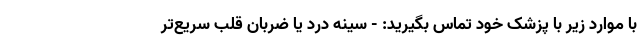
با موارد زیر با پزشک خود تماس بگیرید: - سینه درد یا ضربان قلب سریع‌تر